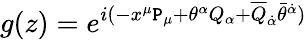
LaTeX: g(z)=e^{i(-x^{\mu}\mathtt{P}_{\mu}+\theta^{\alpha}Q_{\alpha}+\overline{{{{Q}}}}_{\dot{{\alpha}}}\bar{{\theta}}^{\dot{{\alpha}}})}